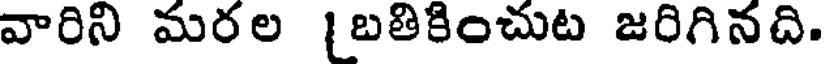
వారిని మరల [బతికించుట జరిగినది.